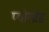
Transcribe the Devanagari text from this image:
प्योरब्रेड